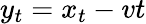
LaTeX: y_{t}=x_{t}-vt